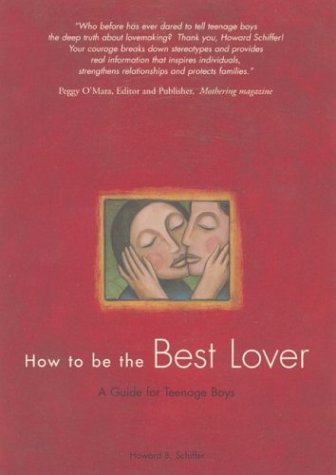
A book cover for How to Be the Best Lover: A Guide for Teenage Boys; Howard B. Schiffer; Teen & Young Adult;